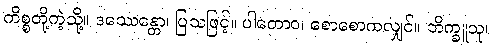
ကိစ္စတို့ကဲ့သို့။ ဒဿေန္တော၊ ပြသဖြင့်။ ပါတောဝ၊ စောစောကလျှင်။ ဘိက္ခူသု၊